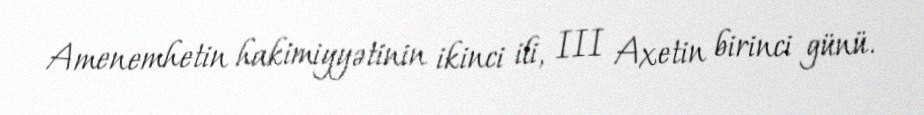
Amenemhetin hakimiyyətinin ikinci ili, III Axetin birinci günü.